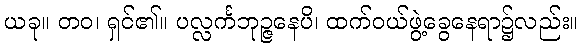
ယခု။ တဝ၊ ရှင်၏။ ပလ္လင်္ကဘုဉ္ဇနေပိ၊ ထက်ဝယ်ဖွဲ့ခွေနေရာ၌လည်း။